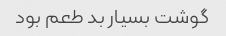
گوشت بسیار بد طعم بود